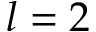
l = 2